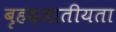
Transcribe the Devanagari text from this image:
बृहदजातीयता